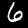
Label: 6